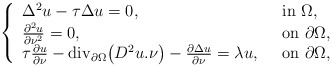
\begin{align*}\left\{\begin{array}{ll}\Delta^2 u -\tau\Delta u=0 ,\ \ & {\rm in}\ \Omega,\\\frac{\partial^2 u}{\partial \nu^2 }=0 ,\ \ & {\rm on}\ \partial \Omega,\\\tau\frac{\partial u}{\partial \nu }-{\rm div}_{\partial\Omega}\big(D^2u.\nu\big)-\frac{\partial\Delta u}{\partial\nu}=\lambda u ,\ \ & {\rm on}\ \partial \Omega,\end{array}\right.\end{align*}